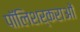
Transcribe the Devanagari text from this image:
पॉलिशर्कराओं